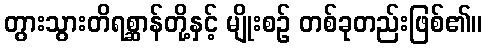
တွားသွားတိရစ္ဆာန်တို့နှင့် မျိုးစဉ် တစ်ခုတည်းဖြစ်၏။